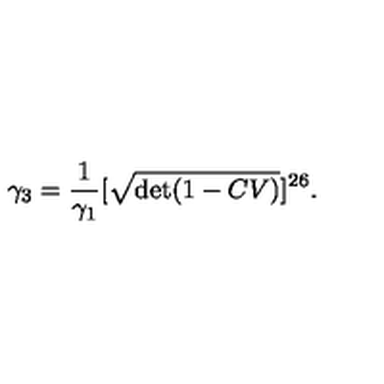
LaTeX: \gamma _ { 3 } = \frac { 1 } { \gamma _ { 1 } } [ \sqrt { \det ( 1 - C V ) } ] ^ { 2 6 } .